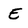
Character: E